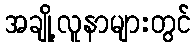
အချို့လူနာများတွင်